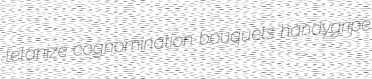
tetanize cognomination bouquets handygripe